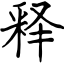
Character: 释